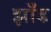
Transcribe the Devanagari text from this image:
झाँड